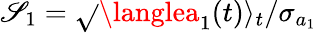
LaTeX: \mathscr{S}_{1}=\sqrt{}{{\langlea_{1}(t)\rangle_{t}}}/\sigma_{a_{1}}